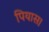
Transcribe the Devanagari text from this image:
पियास।